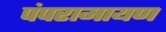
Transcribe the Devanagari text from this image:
पंपरामायण